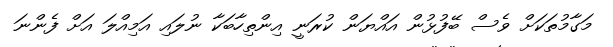
މަގާމުތަކަށް ވެސް ބޭފުޅުން އައްޔަން ކުރަނީ އިންތިހާބަކާ ނުލައި އަމިއްލަ އަށް ފެންނަ